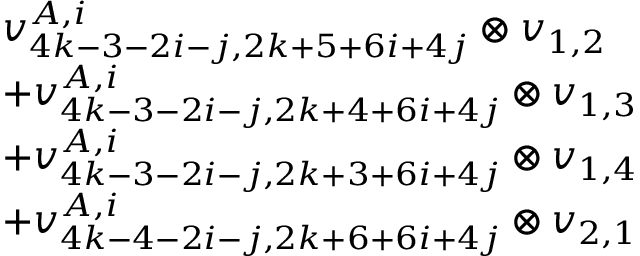
\begin{array} { r l } & { v _ { 4 k - 3 - 2 i - j , 2 k + 5 + 6 i + 4 j } ^ { A , i } \otimes v _ { 1 , 2 } } \\ & { + v _ { 4 k - 3 - 2 i - j , 2 k + 4 + 6 i + 4 j } ^ { A , i } \otimes v _ { 1 , 3 } } \\ & { + v _ { 4 k - 3 - 2 i - j , 2 k + 3 + 6 i + 4 j } ^ { A , i } \otimes v _ { 1 , 4 } } \\ & { + v _ { 4 k - 4 - 2 i - j , 2 k + 6 + 6 i + 4 j } ^ { A , i } \otimes v _ { 2 , 1 } } \end{array}